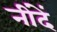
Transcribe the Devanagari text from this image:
नींदें